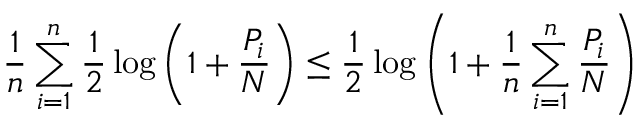
{ \frac { 1 } { n } } \sum _ { i = 1 } ^ { n } { \frac { 1 } { 2 } } \log \left( 1 + { \frac { P _ { i } } { N } } \right) \leq { \frac { 1 } { 2 } } \log \left( 1 + { \frac { 1 } { n } } \sum _ { i = 1 } ^ { n } { \frac { P _ { i } } { N } } \right) \,